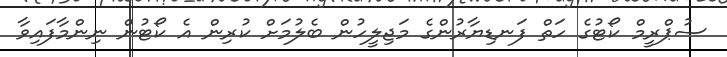
ސުޕްރީމް ކޯޓުގެ ހަތް ފަނޑިޔާރުންގެ މަޖިލީހުން ބެލުމަށް ކުރިން އެ ކޯޓުން ނިންމާފައިވާ